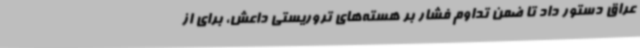
عراق دستور داد تا ضمن تداوم فشار بر هسته‌های تروریستی داعش، برای از